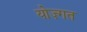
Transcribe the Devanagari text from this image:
योज़्गत